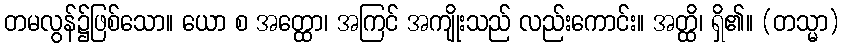
တမလွန်၌ဖြစ်သော။ ယော စ အတ္ထော၊ အကြင် အကျိုးသည် လည်းကောင်း။ အတ္ထိ၊ ရှိ၏။ (တသ္မာ)